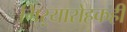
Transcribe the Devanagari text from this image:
गिऱ्यारोहकही